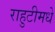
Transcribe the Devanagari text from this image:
राहुटीमधे